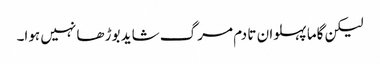
لیکن گاما پہلوان تا دم مرگ شاید بوڑھا نہیں ہوا۔